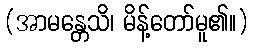
(အာမန္တေသိ၊ မိန့်တော်မူ၏။)